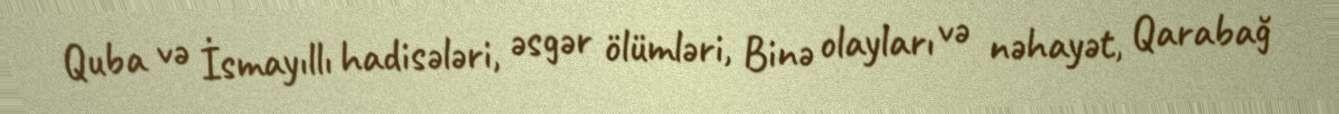
Quba və İsmayıllı hadisələri, əsgər ölümləri, Binə olayları və nəhayət, Qarabağ